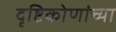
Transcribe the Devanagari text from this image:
दृष्टिकोणांच्या